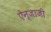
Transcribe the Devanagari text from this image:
ऐन्जाजी